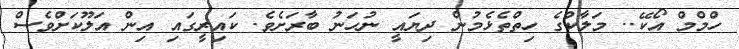
ހްމްމް އޯކޭ.. މަލާކްގެ ހިތްތެޅެމުން ދިޔައީ ނުހަނު ބާރަށެވެ. ކައިރީގައި އިން އަލޫކަށްވެސް